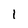
Character: 1